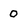
Character: 0